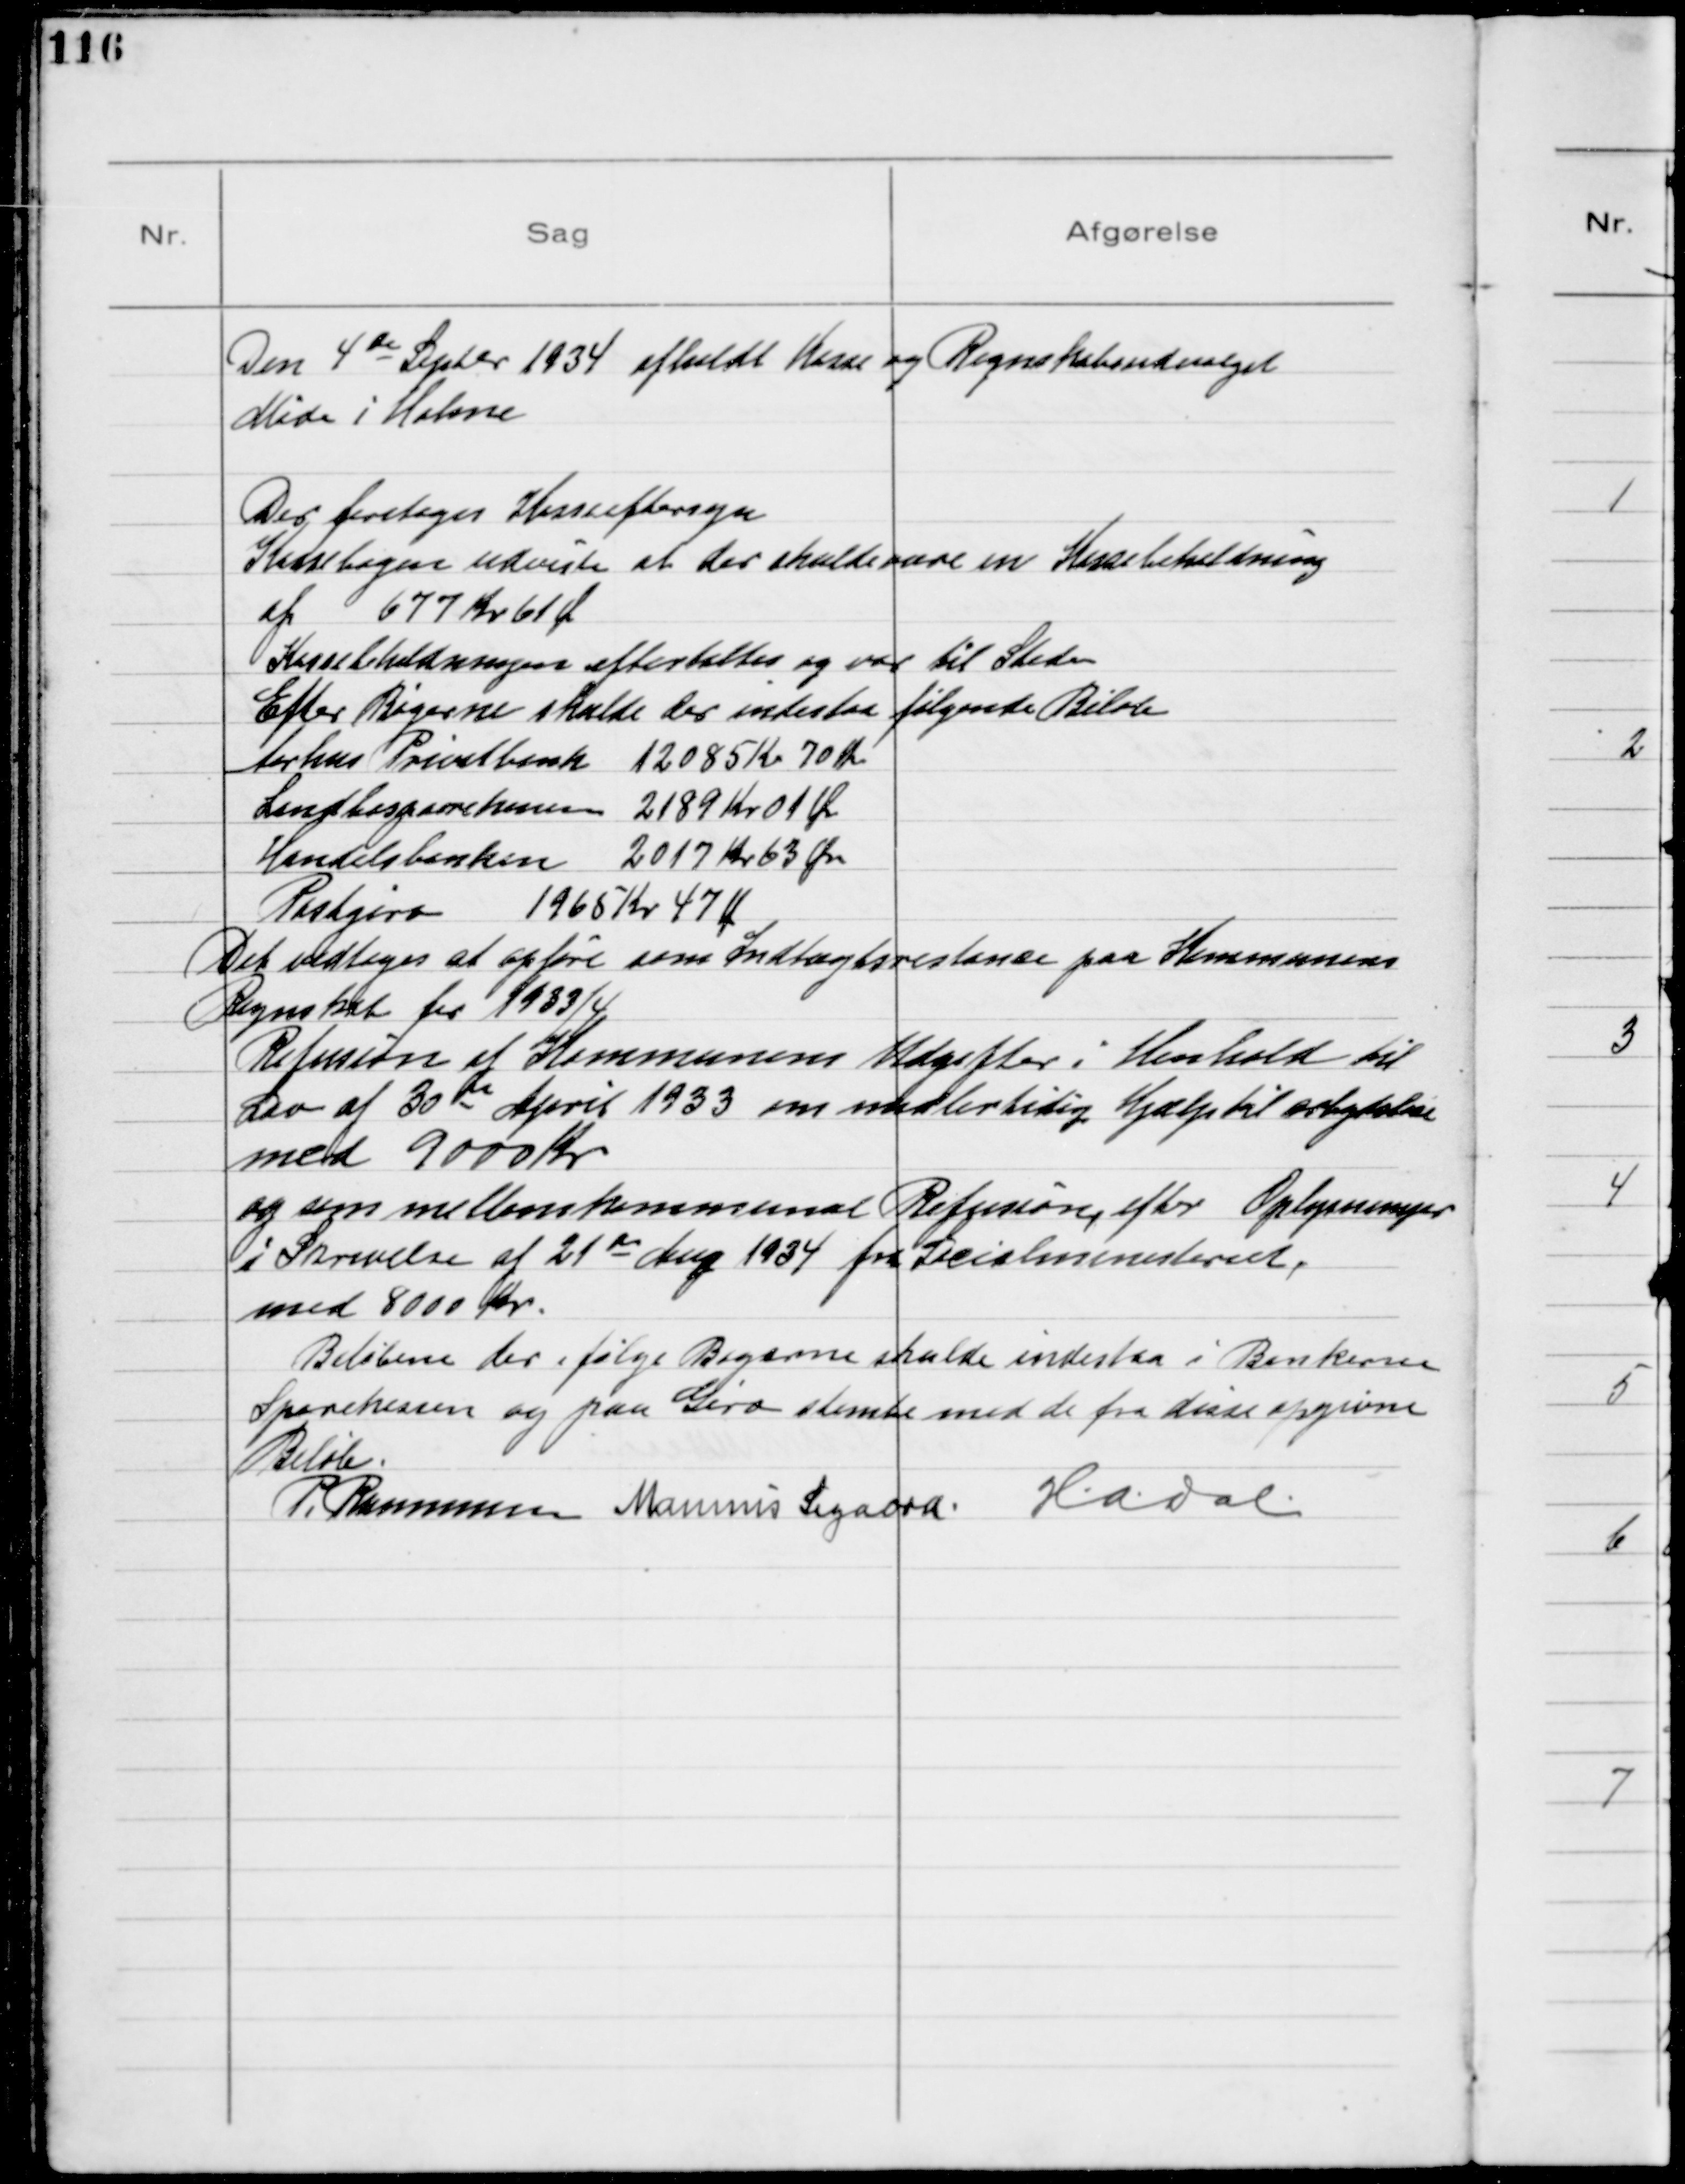
Transskription:
Den 4de Septbr 1934 afholdt Kasse og Regnskabsudvalget
Møde i Holme

Der foretoges Kasseeftersyn
Kassebogen udviste at der skulde være en Kassebeholdning
af 677 Kr 61 Ø
Kassebeholdningen eftertaltes og var til Stede
Efter Bøgerne skulde der indestaa følgende Beløb
Aarhus Privatbank 12085 Kr 70 Øre
Landbosparekassen 2189 Kr 01 Øre
Handelsbanken 2017 Kr 63 Øre
Postgiro 1965 Kr 47 Ø
Det vedtoges at opføre som Indtægtsrestance paa Kommunens
Regnskab for 1933/4
Refusion af Kommunens Udgifter i Henhold til
Lov af 30te April 1933 om midlertidig Hjælp til Arbejdsløse
med 9000 Kr
og som mellemkommunal Refusion, efter Oplysninger
i Skrivelse af 21 de Aug 1934 fra Socialministeriet,
med 8000 Kr.
Beløbene der ifølge Bøgerne skulde indestaa i Bankerne
Sparekassen og paa Giro stemte med de fra disse opgivne
Beløb.
P. Rasmussen Marinus Sigaard H.A. Dal